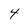
Character: 4